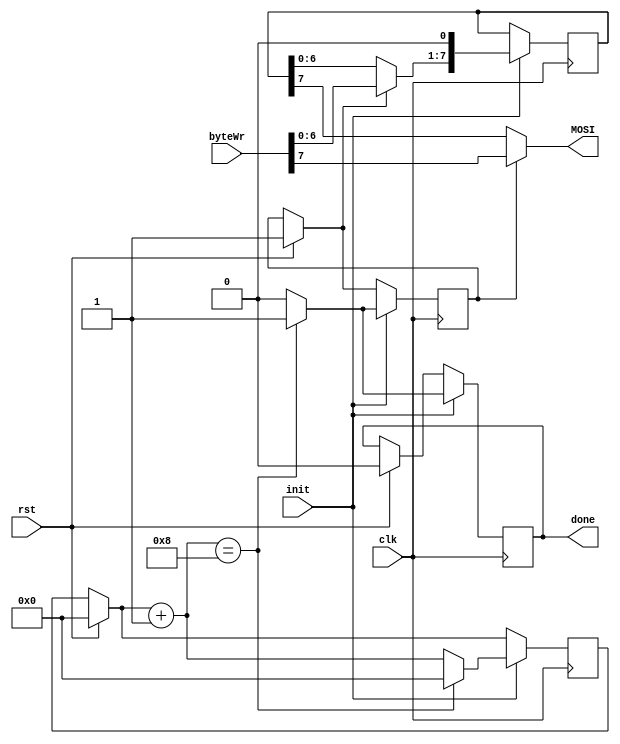
`timescale 1ns / 1ps


module byteMOSI(
input clk, input init, input rst, input[7:0] byteWr, output MOSI, output reg done = 0);

reg load = 1;
//reg flag = 0;
reg[3:0] contadorWr = 0;
reg[7:0] reg_temp;
assign MOSI = ~load ? reg_temp[7] : byteWr[7];



always @(negedge clk)  // Siempre que haya flanco de bajada
begin

	if(rst)
	begin
		contadorWr = 0;
		done = 0;
		load = 1;
	end
	if(init == 1)
	begin
		done = 0;
		if(load == 1)
		begin
			reg_temp = byteWr;  // Se le asigna a un regidtro temporal lo que haya en byteWr
			load = 0;
		end

		reg_temp = reg_temp << 1;     // Se desplaza el registro temporal a la izquierda
		contadorWr = contadorWr + 1;  // A contador de escritura se le suma 1

		if(contadorWr == 8)      // Ya se  lleg a un byte? 
		begin
			contadorWr = 0;
			load = 1;
			done = 1;
		end
	end

end

endmodule